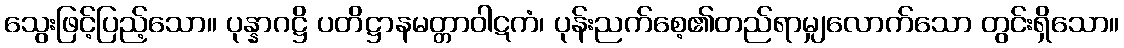
သွေးဖြင့်ပြည့်သော။ ပုန္နာဂဋ္ဌိ ပတိဋ္ဌာနမတ္တာဝါဋကံ၊ ပုန်းညက်စေ့၏တည်ရာမျှလောက်သော တွင်းရှိသော။